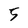
Character: 5